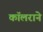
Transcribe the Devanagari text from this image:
कॉलराने